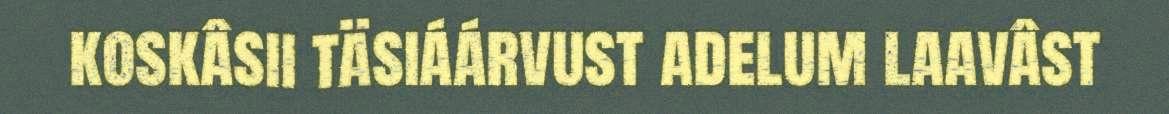
koskâsii täsiáárvust adelum laavâst